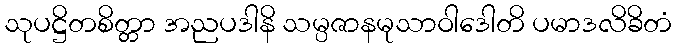
သုပဋ္ဌိတစိတ္တာ အညပဒါနိ သမ္ပဇာနမုသာဝါဒေါတိ ပမာဒလိခိတံ